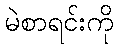
မဲစာရင်းကို